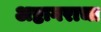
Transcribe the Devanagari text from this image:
अष्टागराचा